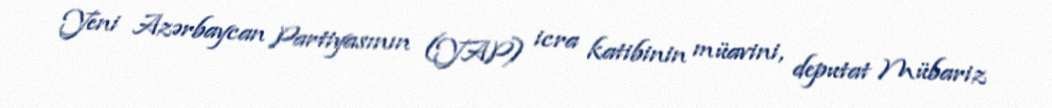
Yeni Azərbaycan Partiyasının (YAP) icra katibinin müavini, deputat Mübariz